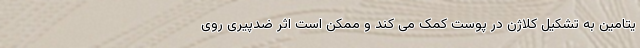
یتامین به تشکیل کلاژن در پوست کمک می کند و ممکن است اثر ضدپیری روی